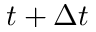
t + \Delta t